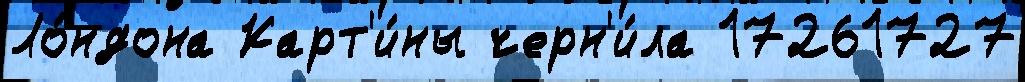
Ло́ндона Карт'и́ны черн'и́ла 17261727